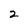
Character: 2